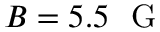
B = 5 . 5 ~ \mathrm { ~ G ~ }